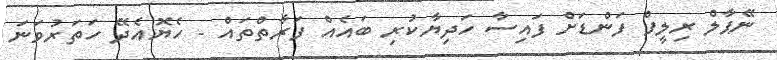
ނޭޕާލް ރިލީފް ފަންޑަށް ފައިސާ ހަދިޔާކުރި ބައެއް ފަރާތްތައް - ހެޔޮއެދޭ ހަތަރުވަނަ